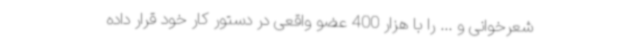
شعرخوانی و ... را با هزار 400 عضو واقعی در دستور کار خود قرار داده